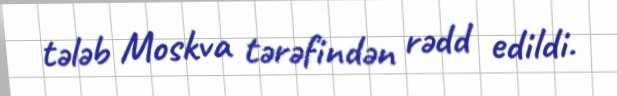
tələb Moskva tərəfindən rədd edildi.